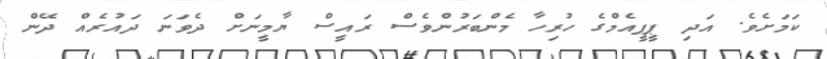
ކަމަށެވެ. އަދި ޕީޕީއެމްގެ ހުރިހާ މެންބަރުންވެސް ރައީސް ޔާމީނަށް ދެވަނަ ދައުރެއް ދޭން